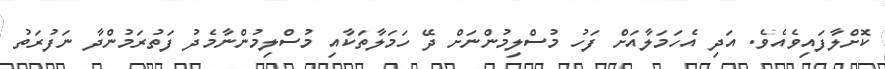
ކޮށްލާފައިވެއެވެ. އަދި އެހަމަލާއަށް ފަހު މުސްލިމުންނަށް ދޭ ހަމަލާތަކާއި މުސްލިމުންނާމެދު ފަތުރަމުންދާ ނަފުރަތު